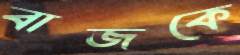
বাজকে